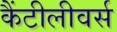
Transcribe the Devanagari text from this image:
कैंटीलीवर्स